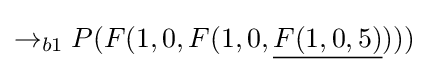
\rightarrow _{b1}P(F(1,0,F(1,0,{\underline {F(1,0,5)}})))